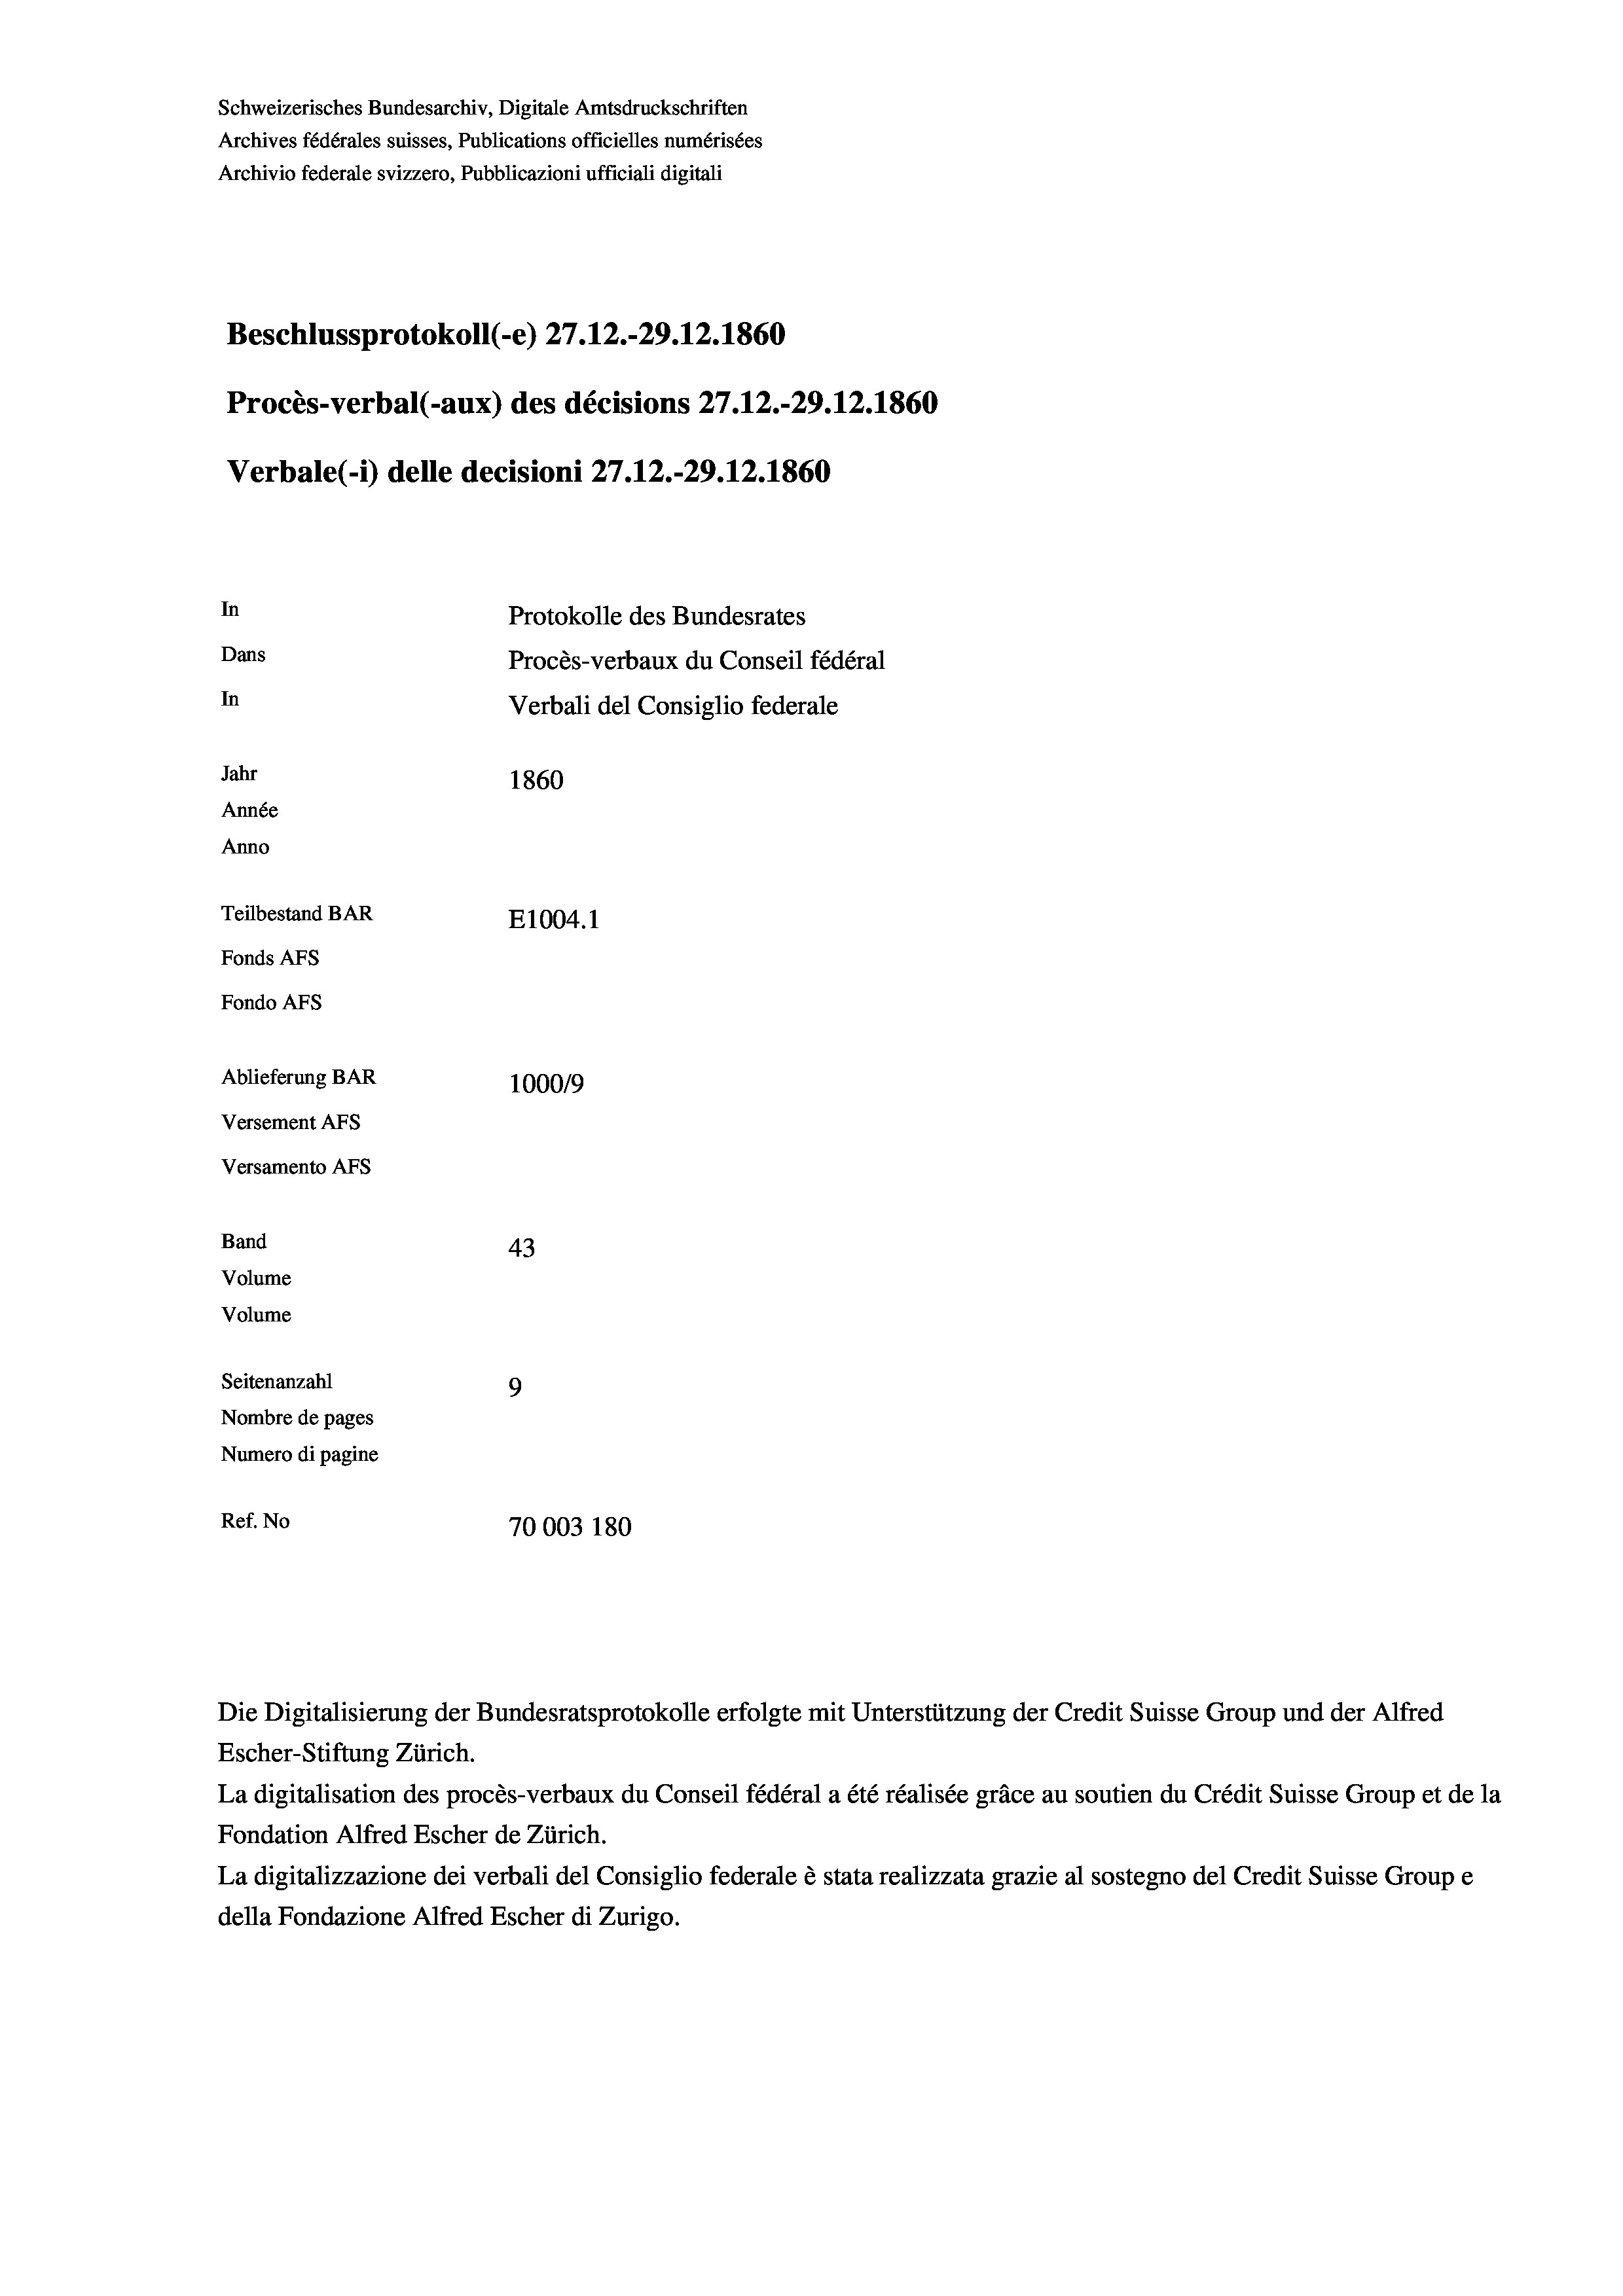
Schweizerisches Bundesarchiv, Digitale Amtsdruckschriften
Archives fédérales suisses, Publications officielles numérisées
Archivio federale svizzero, Pubblicazioni ufficiali digitali
Beschlussprotokoll (-e) 27.12.-29.12.1860
Procès-verbal (-aux) des décisions 27.12.-29.12.1860
Verbale (i) delle decisioni 27.12.-29.12.1860
In
Protokolle des Bundesrates
Dans
Procès-verbaux du Conseil fédéral
In
Verbali del Consiglio federale
Jahr
1860
Année
Anno
Teilbestand BAR
E1004. 1
Fonds AFs
Fondo Afs
Ablieferung BAR
100019
Versement AFs
Versamento Afs
Band
43
Volume
Volume
Seitenanzahl
9
Nombre de pages
Numero di pagine
Ref. No
70003 180

La digitalisation des procès-verbaux du Conseil fédéral a été réalisée gräce au soutien du Crédit Suisse Group et de la
Fondation Alfred Escher de Zürich.
La digitalizzazione dei verbali del Consiglio federale è stata realizzata grazie al sostegno del Credit Suisse Groupe
della Fondazione Alfred Escher di Zurigo.

Die Digitalisierung der Bundesratsprotokolle erfolgte mit Unterstützung der Credit Suisse Group und der Alfred
Escher-Stiftung Zürich.